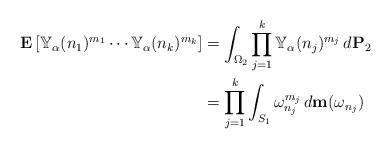
LaTeX: \begin{align*}\mathbf{E}\left[\mathbb{Y}_\alpha(n_1)^{m_1} \cdots \mathbb{Y}_\alpha(n_k)^{m_k}\right]&= \int_{\Omega_2} \prod_{j=1}^{k} \mathbb{Y}_\alpha(n_j)^{m_j} \,d\mathbf{P}_2 \\&= \prod_{j=1}^{k} \int_{S_1} \omega_{n_j}^{m_j} \,d\mathbf{m}(\omega_{n_j}) \end{align*}